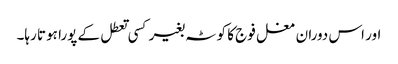
اور اس دوران مغل فوج کا کوٹہ بغیر کسی تعطل کے پورا ہوتا رہا۔